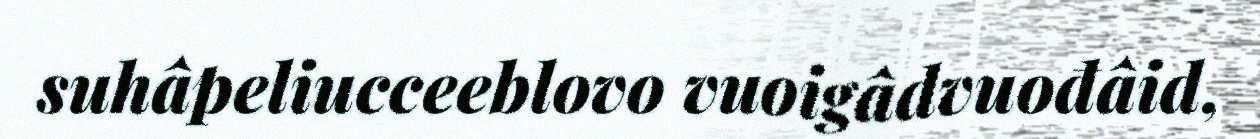
suhâpeliucceeblovo vuoigâdvuođâid,